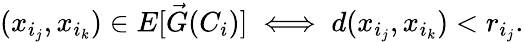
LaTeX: (x_{i_{j}},x_{i_{k}})\in E[\vec{G}(C_{i})]\iff d(x_{i_{j}},x_{i_{k}})<r_{i_{j}}.